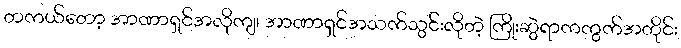
တကယ်တော့ အာဏာရှင်အလိုကျ၊ အာဏာရှင်အသက်သွင်းလိုတဲ့ ကြိုးဆွဲရာကကွက်အတိုင်း